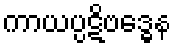
ကာယပ္ပဋိဗဒ္ဓေန